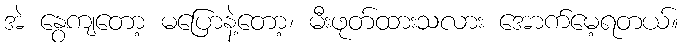
အဲ နွေကျတော့ မပြောနဲ့တော့၊ မီးဖုတ်ထားသလား အောက်မေ့ရတယ်။